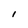
Character: l